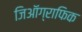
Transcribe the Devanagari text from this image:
जिऑग्राफिक